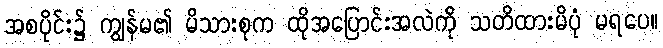
အစပိုင်း၌ ကျွန်မ၏ မိသားစုက ထိုအပြောင်းအလဲကို သတိထားမိပုံ မရပေ။